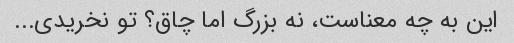
این به چه معناست، نه بزرگ اما چاق؟ تو نخریدی...